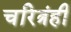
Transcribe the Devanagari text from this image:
चरित्रंही